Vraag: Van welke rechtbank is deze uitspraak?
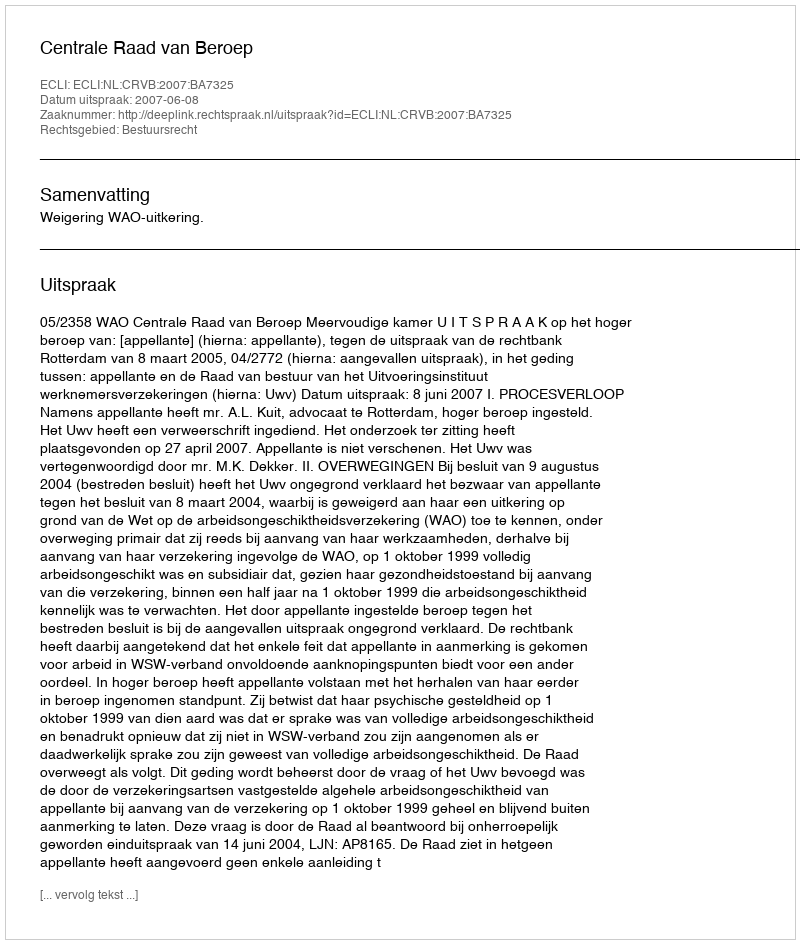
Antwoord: Centrale Raad van Beroep